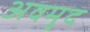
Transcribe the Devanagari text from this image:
अवमृद